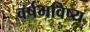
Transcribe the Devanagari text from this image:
वर्षभविष्य